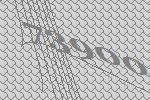
73900